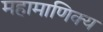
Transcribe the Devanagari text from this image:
महामाणिक्य